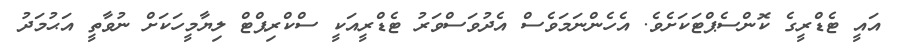
އައީ ޓެޑްރީގެ ކޮންސެޕްޓަކަށެވެ. އެހެންނަމަވެސް އެދުވަސްވަރު ޓެޑްރީއަކީ ސްކްރިޕްޓް ލިޔާމީހަކަށް ނުވާތީ އަޙުމަދު